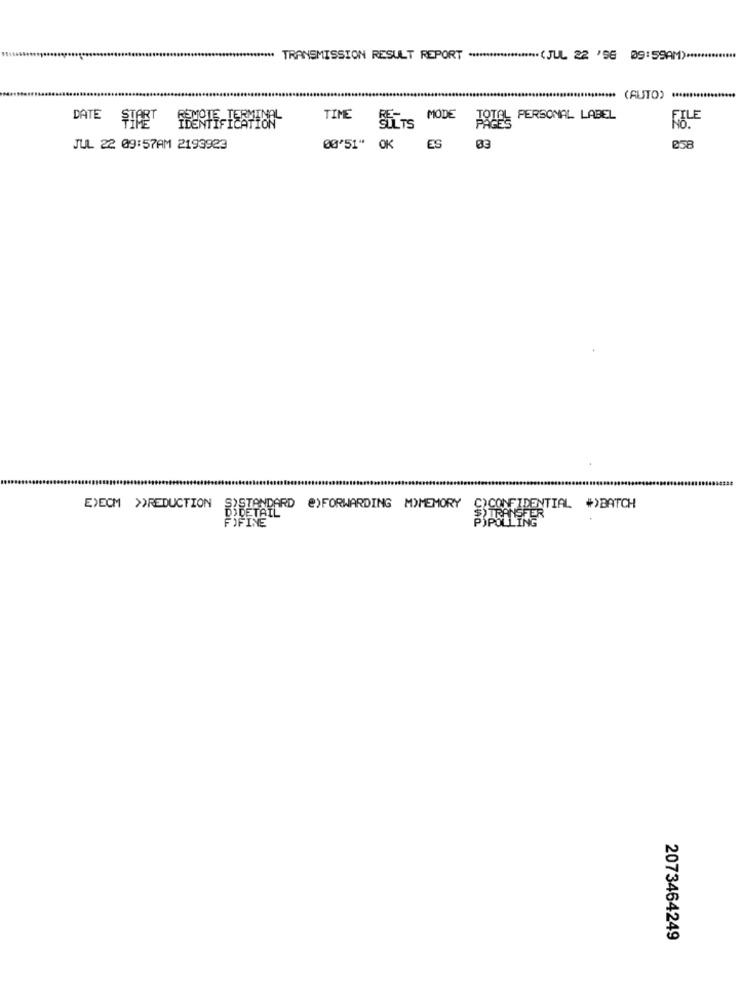
TRANSMISSION RESULT REPORT ******************** (JUL 22 '56 09:59AM) .*************
*************** (AUTO) .******
DATE
STRET
REMOTE TERMINAL
TIME
MODE
PAGES PERSONAL LABEL
FILE
SILTS
JUL 22 09:57AM 2193923
00'51" OK ES 03
e58
EXECM >>REDUCTION
SISTANDARD @)FORWARDING MYMEMORY
DO DETAIL
C)CONFIDENTIAL #)BATCH
FOFINE
PIPOLLIER
2073464249